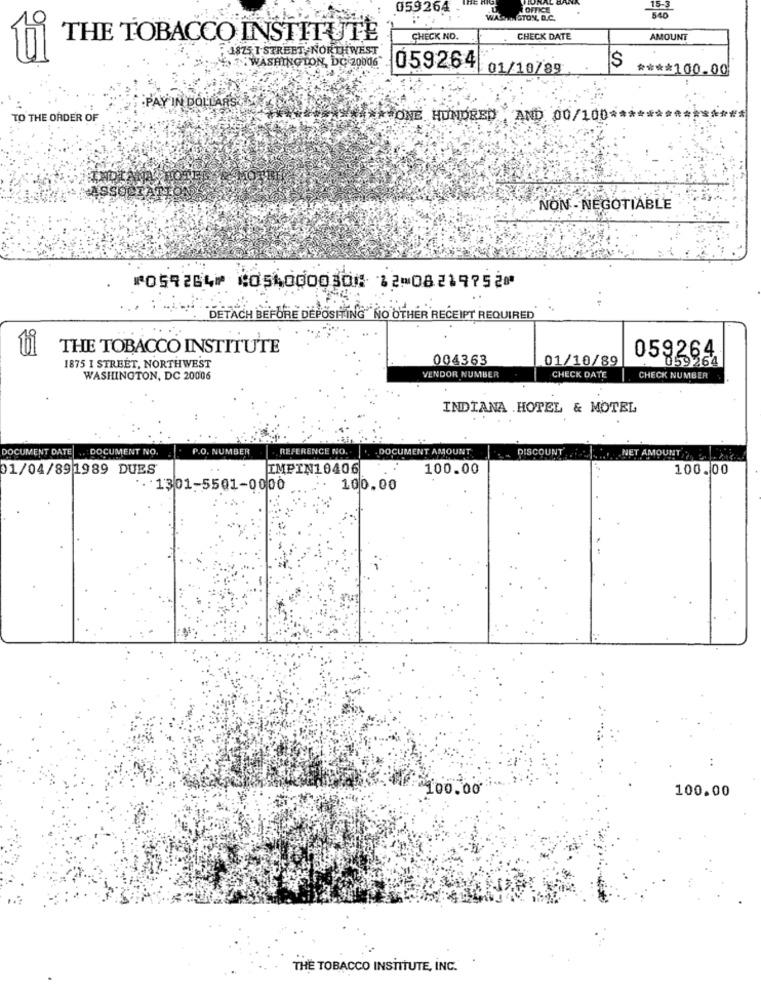
059264
OFFICE
WINSTON, D.C.
THE TOBACCO INSTITUTE
CHECK NO.
CHECK DATE
AMOUNT
1875 T STREET, NORTHWEST
WASHINGTON, DC 20006
059264
01/10/89
S
**** 100.00
PAY IN DOLLARS
TO THE ORDER OF
ISONE HUNDRED AND 00/100 ******
INDE
NON- NEGOTIABLE
⑈059264⑈ ⑆054000030⑆ 12⑉08219752⑈
DETACH BEFORE DEPOSITING NO OTHER RECEIPT REQUIRED
THE TOBACCO INSTITUTE
004363
01/10/89
059364
1875 I STREET, NORTHWEST
CHECK NUMBER
WASHINGTON, DC 20006
VENDOR NUMBER
CHECK DATE
INDIANA HOTEL & MOTEL
DOCUMENT DATE ,. DOCUMENT NO.
P.O. NUMBER
REFERENCE NO.
DOCUMENT AMOUNT
DISCOUNT .....
NET AMOUNT
01/04/891989 DUES
IMPIN10406
100.00
100.00
. 1301-5501-0000
100.00
. .
100.00
100.00
THE TOBACCO INSTITUTE, INC.